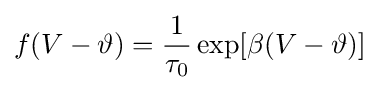
f(V-\vartheta )={\frac {1}{\tau _{0}}}\exp[\beta (V-\vartheta )]